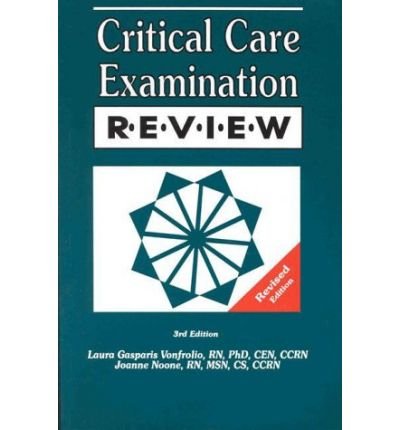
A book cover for Critical Care Examination Review Revised; Laura Gasparis Vonfrolio; Medical Books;